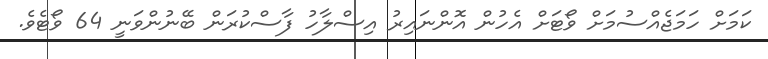
ކަމަށް ހަމަޖެއްސުމަށް ވޯޓަށް އެހުން އޮންނައިރު އިސްލާހު ފާސްކުރަން ބޭނުންވަނީ 64 ވޯޓެވެ.